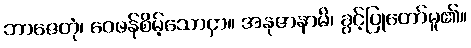
ဘာဇေတုံ၊ ဝေဖန်စိမ့်သောငှာ။ အနုဇာနာမိ၊ ခွင့်ပြုတော်မူ၏။